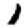
Digit: 1